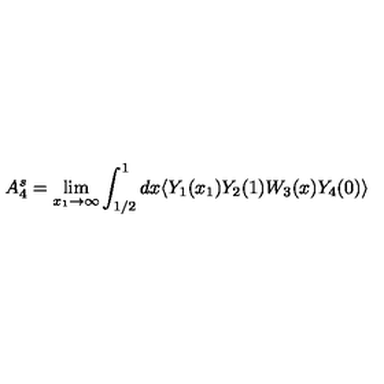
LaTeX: A _ { 4 } ^ { s } = \lim _ { x _ { 1 } \to \infty } \int _ { 1 / 2 } ^ { 1 } d x \langle Y _ { 1 } ( x _ { 1 } ) Y _ { 2 } ( 1 ) W _ { 3 } ( x ) Y _ { 4 } ( 0 ) \rangle